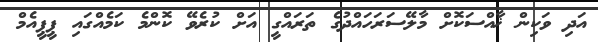
އަދި ވަކިން ޚާއްސަކޮށް މާލޭސަރަހައްދުގެ ތަރައްގީ އަށް ކުރެވޭ ކޮންމެ ކަމެއްގައި ޕީޕީއެމް